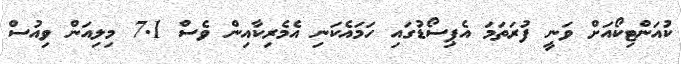
ކުއަންޓިކޯއަށް ވަނީ ފުރަތަމަ އެޕިސޯޑުގައި ހަމައެކަނި އެމެރިކާއިން ވެސް 7.1 މިލިއަން ވިއުސް